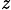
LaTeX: _{\mathit{z}}